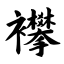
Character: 襻